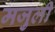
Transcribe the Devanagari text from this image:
मजुली